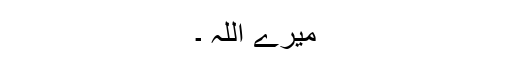
میرے اللہ ۔